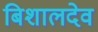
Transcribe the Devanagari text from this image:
बिशालदेव